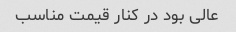
عالی بود در کنار قیمت مناسب